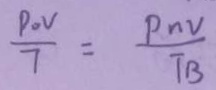
\frac { P _ { 0 } v } { T } = \frac { P _ { n v } } { T _ { B } }